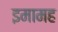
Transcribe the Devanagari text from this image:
इमामह